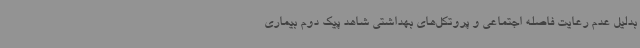
بدلیل عدم رعایت فاصله اجتماعی و پروتکل‌های بهداشتی شاهد پیک دوم بیماری